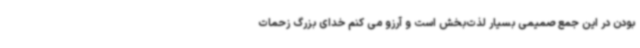
بودن در این جمع صمیمی بسیار لذت‌بخش است و آرزو می کنم خدای بزرگ زحمات